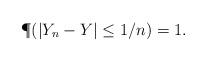
LaTeX: \begin{align*}\P(|Y_n - Y| \leq 1/n) =1.\end{align*}